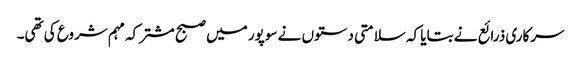
سرکاری ذرائع نے بتایا کہ سلامتی دستوں نے سوپور میں صبح مشترکہ مہم شروع کی تھی۔